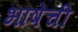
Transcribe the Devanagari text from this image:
भाषेंची